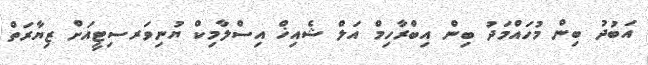
އަބުދު ބިން މުހައްމަދު ބިން އިބްރާހިމް އަލް ޝެއިޚް އިސްލާމިކް ޔުނިވަރސިޓީއަށް ޒިޔާރަތް